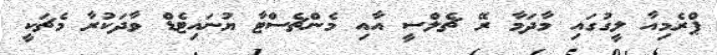
ޕްރެމިއާ ލީގުގައި މާދަމާ ރޭ ޗެލްސީ އާއި މެންޗެސްޓާ ޔުނައިޓެޑް ވާދަކުރާ މެޗަކީ